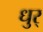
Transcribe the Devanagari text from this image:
धुर्